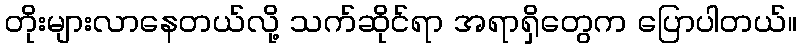
တိုးများလာနေတယ်လို့ သက်ဆိုင်ရာ အရာရှိတွေက ပြောပါတယ်။